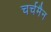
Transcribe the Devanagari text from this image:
चर्चमैन